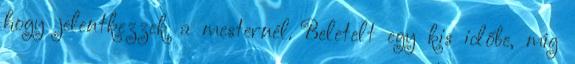
hogy jelentkezzek a mesternél. Beletelt egy kis időbe, míg